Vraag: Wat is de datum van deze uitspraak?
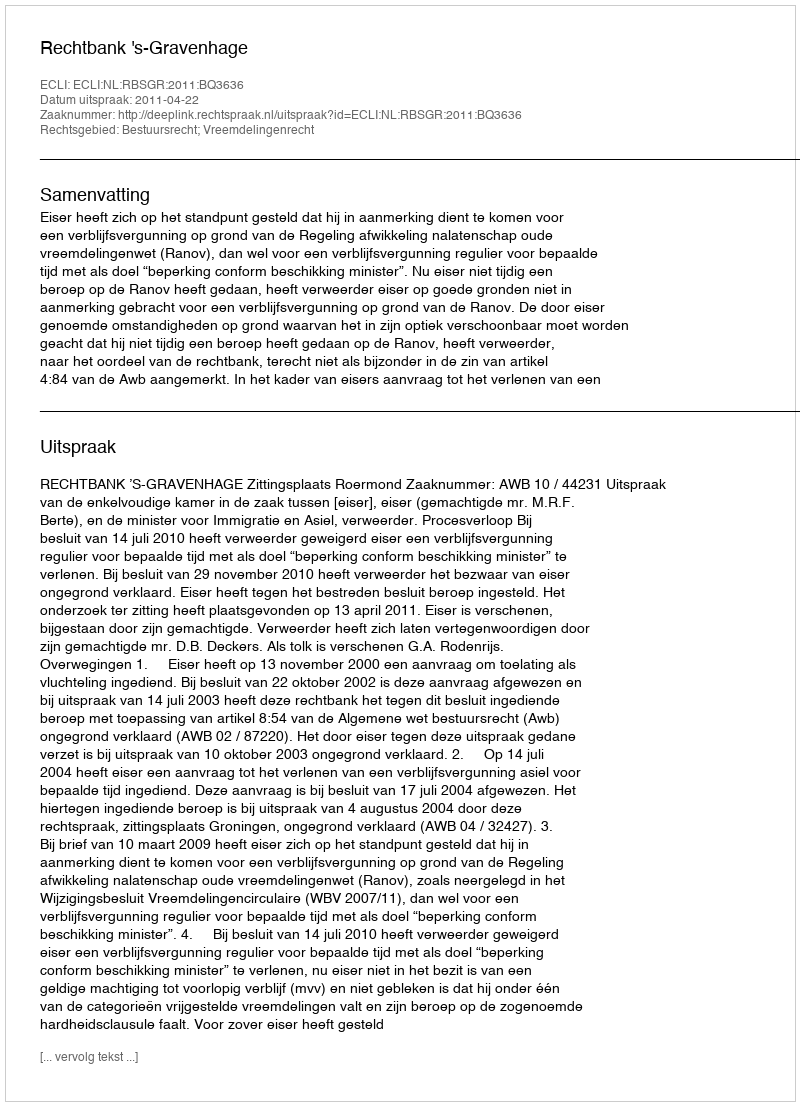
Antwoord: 2011-04-22